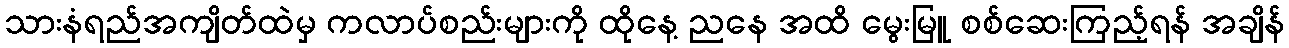
သားနံရည်အကျိတ်ထဲမှ ကလာပ်စည်းများကို ထိုနေ့ ညနေ အထိ မွေးမြူ စစ်ဆေးကြည့်ရန် အချိန်